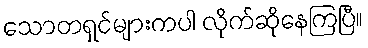
သောတရှင်များကပါ လိုက်ဆိုနေကြပြီ။